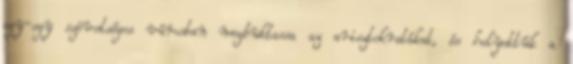
egy-egy szövetséges városban megbuktassa az arisztokratákat, és helyettük a